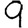
Digit: 9